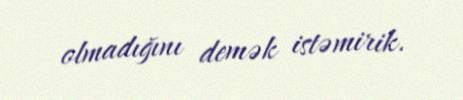
olmadığını demək istəmirik.